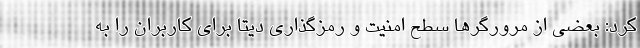
کرد: بعضی از مرورگر‌ها سطح امنیت و رمزگذاری دیتا برای کاربران را به